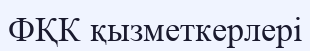
ФҚК қызметкерлері